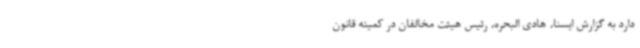
دارد به گزارش ایسنا، هادی البحره، رئیس هیئت مخالفان در کمیته قانون